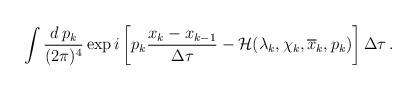
LaTeX: \begin{align*}\int \frac{d\,p_k}{(2\pi)^4}\exp i \left[ p_k\frac{x_k-x_{k-1}}{\Delta\tau} - {\cal H}(\lambda_k,\chi_k, \overline{x}_k,p_k)\right]\Delta\tau\,.\end{align*}